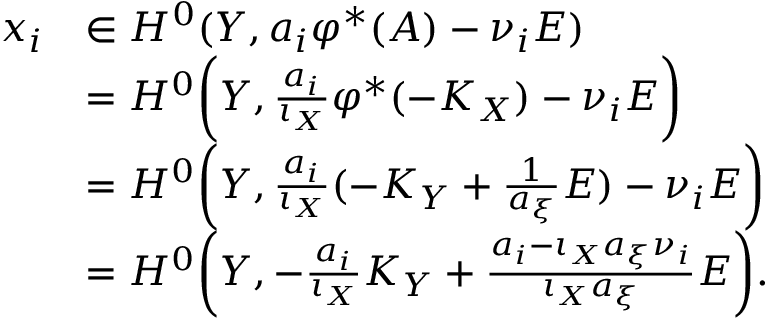
\begin{array} { r l } { x _ { i } } & { \in H ^ { 0 } ( Y , a _ { i } \varphi ^ { * } ( A ) - \nu _ { i } E ) } \\ & { = H ^ { 0 } \bigg ( Y , \frac { a _ { i } } { \iota _ { X } } \varphi ^ { * } ( - K _ { X } ) - \nu _ { i } E \bigg ) } \\ & { = H ^ { 0 } \bigg ( Y , \frac { a _ { i } } { \iota _ { X } } ( - K _ { Y } + \frac { 1 } { a _ { \xi } } E ) - \nu _ { i } E \bigg ) } \\ & { = H ^ { 0 } \bigg ( Y , - \frac { a _ { i } } { \iota _ { X } } K _ { Y } + \frac { a _ { i } - \iota _ { X } a _ { \xi } \nu _ { i } } { \iota _ { X } a _ { \xi } } E \bigg ) . } \end{array}